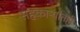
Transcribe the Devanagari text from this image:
सहकाऱ्यांतही